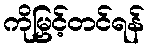
ကိုမြှင့်တင်ရန်